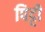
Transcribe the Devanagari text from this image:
पिट्टी